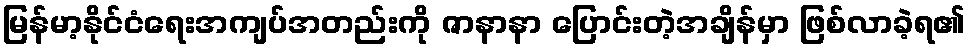
မြန်မာ့နိုင်ငံရေးအကျပ်အတည်းကို ဇာနာနာ ပြောင်းတဲ့အချိန်မှာ ဖြစ်လာခဲ့ရ၏